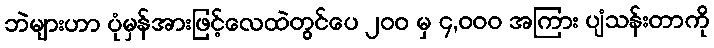
ဘဲများဟာ ပုံမှန်အားဖြင့်လေထဲတွင်ပေ ၂၀၀ မှ ၄,၀၀၀ အကြား ပျံသန်းတာကို